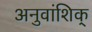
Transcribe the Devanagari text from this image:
अनुवांशिक्